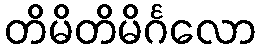
တိမိတိမိင်္ဂလော